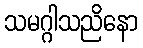
သမဂ္ဂါသညိနော